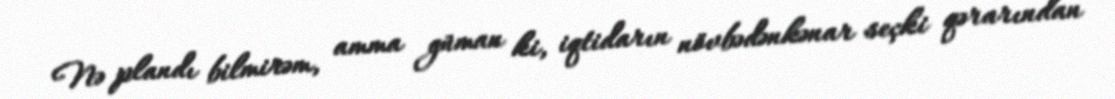
Nə plandı bilmirəm, amma güman ki, iqtidarın növbədənkənar seçki qərarından